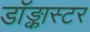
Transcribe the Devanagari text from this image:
डॉङ्कास्टर